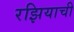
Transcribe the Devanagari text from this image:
रझियाची